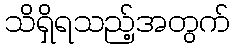
သိရှိရသည့်အတွက်